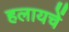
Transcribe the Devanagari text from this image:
हलायचें